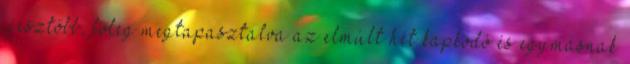
ijesztőbb, főleg megtapasztalva az elmúlt hét kapkodó és egymásnak